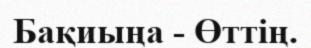
Бақиыңа - Өттің.